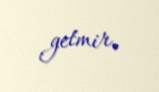
getmir.